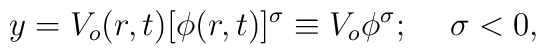
y=V_o(r,t)[\phi(r,t)]^\sigma\equiv V_o\phi^\sigma;\hspace*{5mm}\sigma<0,